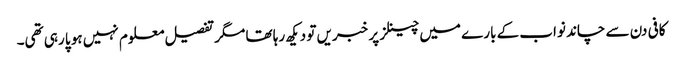
کافی دن سے چاند نواب کے بارے میں چینلز پر خبریں تو دیکھ رہا تھا مگر تفصیل معلوم نہیں ہو پا رہی تھی۔